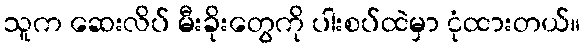
သူက ဆေးလိပ် မီးခိုးတွေကို ပါးစပ်ထဲမှာ ငုံထားတယ်။